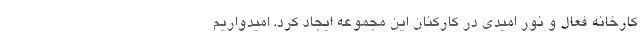
کارخانه فعال و نور امیدی در کارکنان این مجموعه ایجاد کرد. امیدواریم